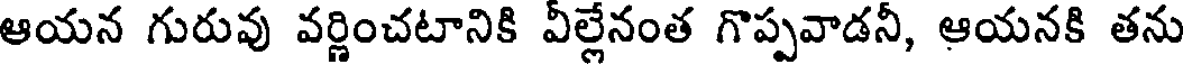
ఆయన గురువు వర్ణించటానికి వీల్లేనంత గొప్పవాడనీ, ఆయనకి తను